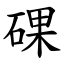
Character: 䂺